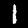
Digit: 1